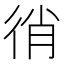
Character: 𢓮